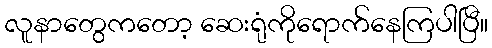
လူနာတွေကတော့ ဆေးရုံကိုရောက်နေကြပါပြီ။